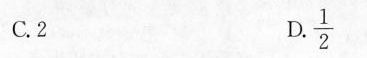
C.2D. $$\frac{1}{2}$$